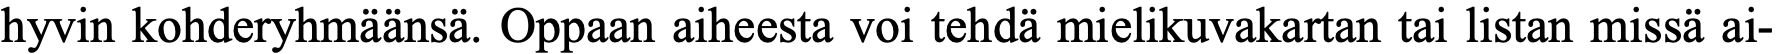
hyvin kohderyhmäänsä. Oppaan aiheesta voi tehdä mielikuvakartan tai listan missä ai-